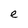
Character: e